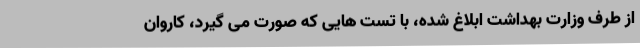
از طرف وزارت بهداشت ابلاغ شده، با تست هایی که صورت می گیرد، کاروان